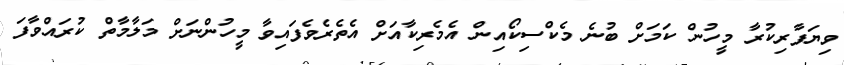
ވިޔަފާރިކުރާ މީހުން ކަމަށް ބުނެ މެކްސިކޯއިން އެމެރިކާއަށް އެތެރެވެފައިވާ މީހުންނަށް މަލާމާތް ކުރައްވާފަ